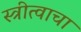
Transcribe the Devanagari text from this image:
स्त्रीत्वाचा